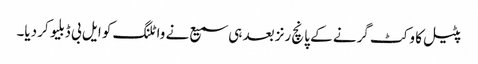
پٹیل کا وکٹ گرنے کے پانچ رنز بعد ہی سمیع نے واٹلنگ کو ایل بی ڈبلیو کر دیا۔